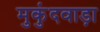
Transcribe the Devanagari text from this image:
मुकुंदवाड़ा